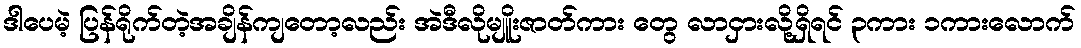
ဒါပေမဲ့ ပြန်ရိုက်တဲ့အချိန်ကျတော့လည်း အဲဒီလိုမျိူးဇာတ်ကား တွေ လာငှားလို့ရှိရင် ၃ကား ၁ကားလောက်